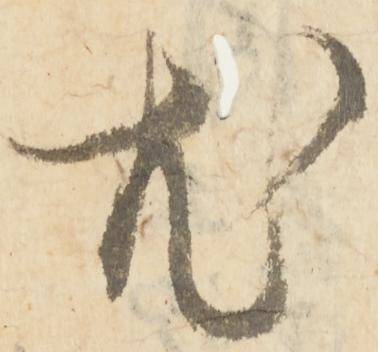
尤